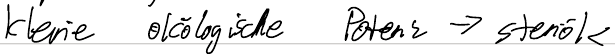
kleine ökologische Potenz -> stenök